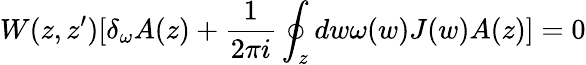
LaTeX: W(z,z^{\prime})[\delta_{\omega}A(z)+\frac{1}{2\pi i}\oint_{z}dw\omega(w)J(w)A(z)]=0